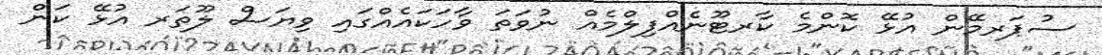
ސުޕަރމޭން އުޅޭ ކޮންމެ ކާރޓޫނެއްފިލްމެއް ނުވަތަ ވާހަކައެއްގައި ވިޔަސް ލޫތަރ އުޅޭ ކަން